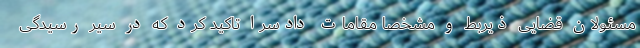
مسئولان قضایی ذیربط و مشخصاً مقامات دادسرا تاکید کرد که در سیر رسیدگی